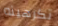
تكرهينه